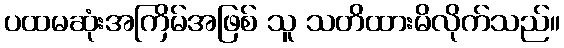
ပထမဆုံးအကြိမ်အဖြစ် သူ သတိထားမိလိုက်သည်။